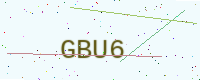
Text: GBU6